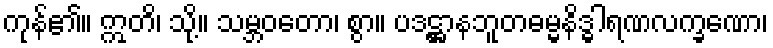
ကုန်၏။ ဣတိ၊ သို့။ သမ္ဘဝတော၊ စွာ။ ပဒဋ္ဌာနဘူတဓမ္မနိဒ္ဓါရဏလက္ခဏော၊